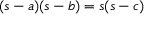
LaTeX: \displaystyle ( s - a ) ( s - b ) = s ( s - c )